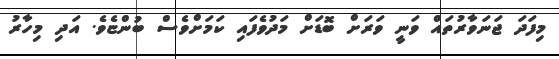
މިފަދަ ޖަނަވާރުތައް ވަނީ ވަރަށް ބޮޑަށް މަދުވެފައި ކަމަށްވެސް ބުންޏެވެ. އަދި މިހާރު